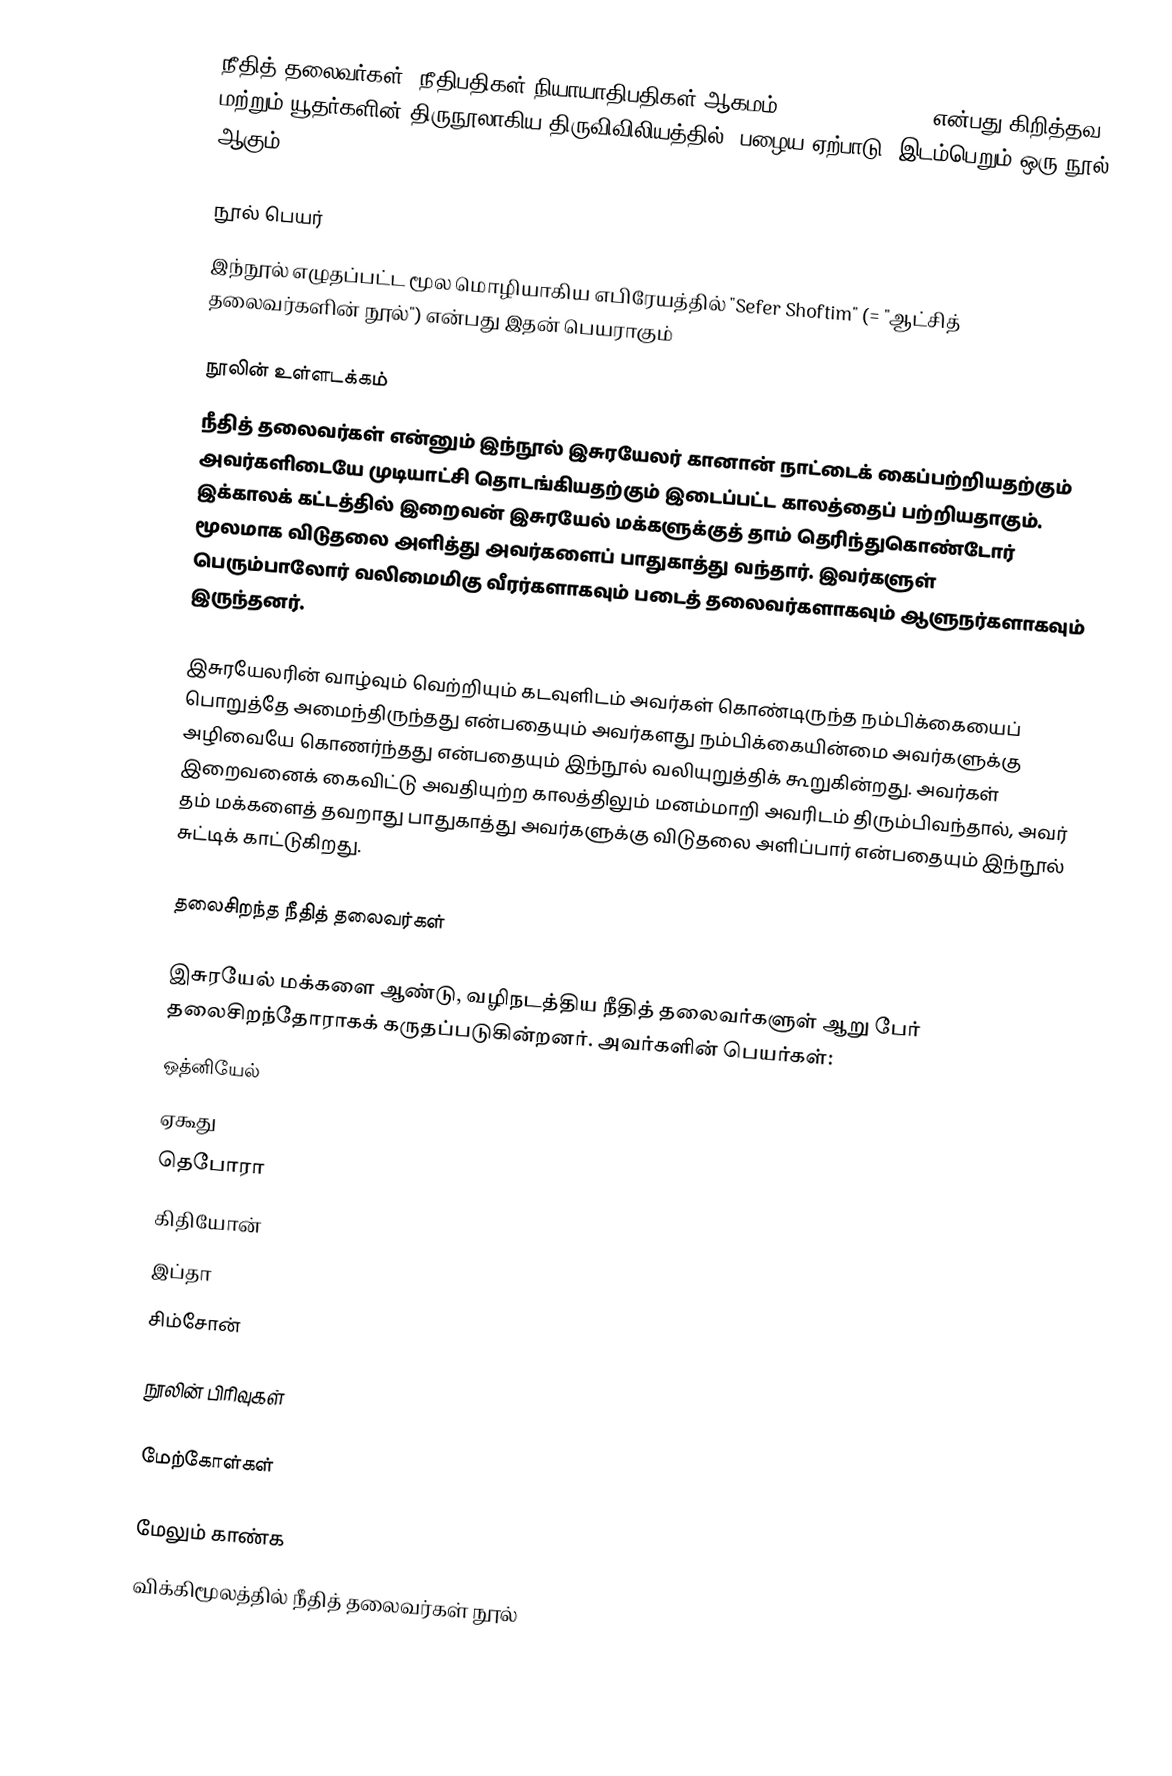
நீதித் தலைவர்கள் (நீதிபதிகள்/நியாயாதிபதிகள் ஆகமம்) (Book of Judges) என்பது கிறித்தவ மற்றும் யூதர்களின் திருநூலாகிய திருவிவிலியத்தில் (பழைய ஏற்பாடு) இடம்பெறும் ஒரு நூல் ஆகும்.

நூல் பெயர்
இந்நூல் எழுதப்பட்ட மூல மொழியாகிய எபிரேயத்தில் "Sefer Shoftim" (= "ஆட்சித் தலைவர்களின் நூல்") என்பது இதன் பெயராகும்

நூலின் உள்ளடக்கம்
நீதித் தலைவர்கள் என்னும் இந்நூல் இசுரயேலர் கானான் நாட்டைக் கைப்பற்றியதற்கும் அவர்களிடையே முடியாட்சி தொடங்கியதற்கும் இடைப்பட்ட காலத்தைப் பற்றியதாகும். இக்காலக் கட்டத்தில் இறைவன் இசுரயேல் மக்களுக்குத் தாம் தெரிந்துகொண்டோர் மூலமாக விடுதலை அளித்து அவர்களைப் பாதுகாத்து வந்தார். இவர்களுள் பெரும்பாலோர் வலிமைமிகு வீரர்களாகவும் படைத் தலைவர்களாகவும் ஆளுநர்களாகவும் இருந்தனர்.

இசுரயேலரின் வாழ்வும் வெற்றியும் கடவுளிடம் அவர்கள் கொண்டிருந்த நம்பிக்கையைப் பொறுத்தே அமைந்திருந்தது என்பதையும் அவர்களது நம்பிக்கையின்மை அவர்களுக்கு அழிவையே கொணர்ந்தது என்பதையும் இந்நூல் வலியுறுத்திக் கூறுகின்றது. அவர்கள் இறைவனைக் கைவிட்டு அவதியுற்ற காலத்திலும் மனம்மாறி அவரிடம் திரும்பிவந்தால், அவர் தம் மக்களைத் தவறாது பாதுகாத்து அவர்களுக்கு விடுதலை அளிப்பார் என்பதையும் இந்நூல் சுட்டிக் காட்டுகிறது.

தலைசிறந்த நீதித் தலைவர்கள்

இசுரயேல் மக்களை ஆண்டு, வழிநடத்திய நீதித் தலைவர்களுள் ஆறு பேர் தலைசிறந்தோராகக் கருதப்படுகின்றனர். அவர்களின் பெயர்கள்:
ஒத்னியேல்
ஏகூது
தெபோரா
கிதியோன்
இப்தா
சிம்சோன்

நூலின் பிரிவுகள்

மேற்கோள்கள்

மேலும் காண்க
விக்கிமூலத்தில் நீதித் தலைவர்கள் நூல்